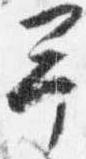
予